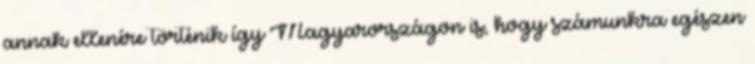
annak ellenére történik így Magyarországon is, hogy számunkra egészen